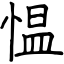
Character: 愠